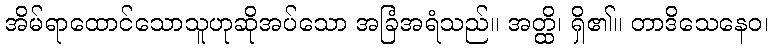
အိမ်ရာထောင်သောသူဟုဆိုအပ်သော အခြံအရံသည်။ အတ္ထိ၊ ရှိ၏။ တာဒိသေနေဝ၊